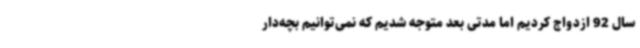
سال 92 ازدواج کردیم اما مدتی بعد متوجه شدیم که نمی‌توانیم بچه‌دار